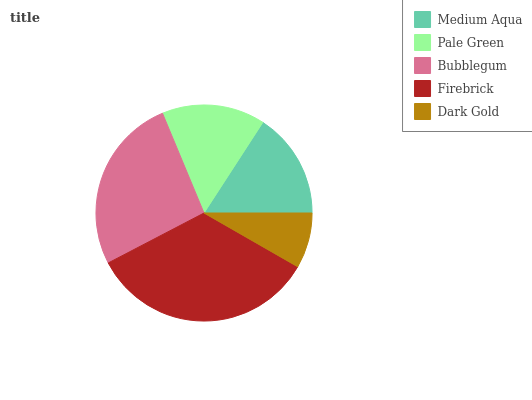
| Medium Aqua | Pale Green | Bubblegum | Firebrick | Dark Gold |
 | --- | --- | --- | --- | --- |
 | 15.8% | 15.4% | 26.4% | 34% | 8.29% |